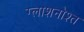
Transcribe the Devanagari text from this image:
ग्लाशनोश्त